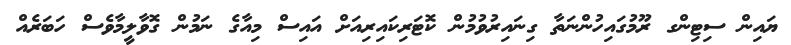
ޔައިން ސިޓިންގ ރޫމުގައިހުންނަތާ ގިނައިރުވުމުން ކޮޓަރިކައިރިއަށް އައިސް މިއާގެ ނަމުން ގޮވާލީމާވެސް ހަބަރެއް